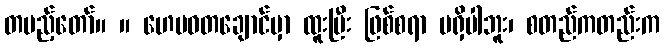
တပည့်တော်။ ။ ဟေမဝတချောင်မှာ ထူးပြီး ဖြစ်စရာ မရှိပါဘူး၊ စတည်ကတည်းက